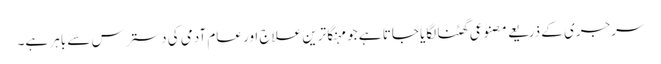
سرجری کے ذریعے مصنوعی گھٹنا لگایا جاتا ہے جو مہنگا ترین علاج اور عام آدمی کی دسترس سے باہر ہے۔